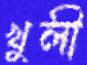
খুলী